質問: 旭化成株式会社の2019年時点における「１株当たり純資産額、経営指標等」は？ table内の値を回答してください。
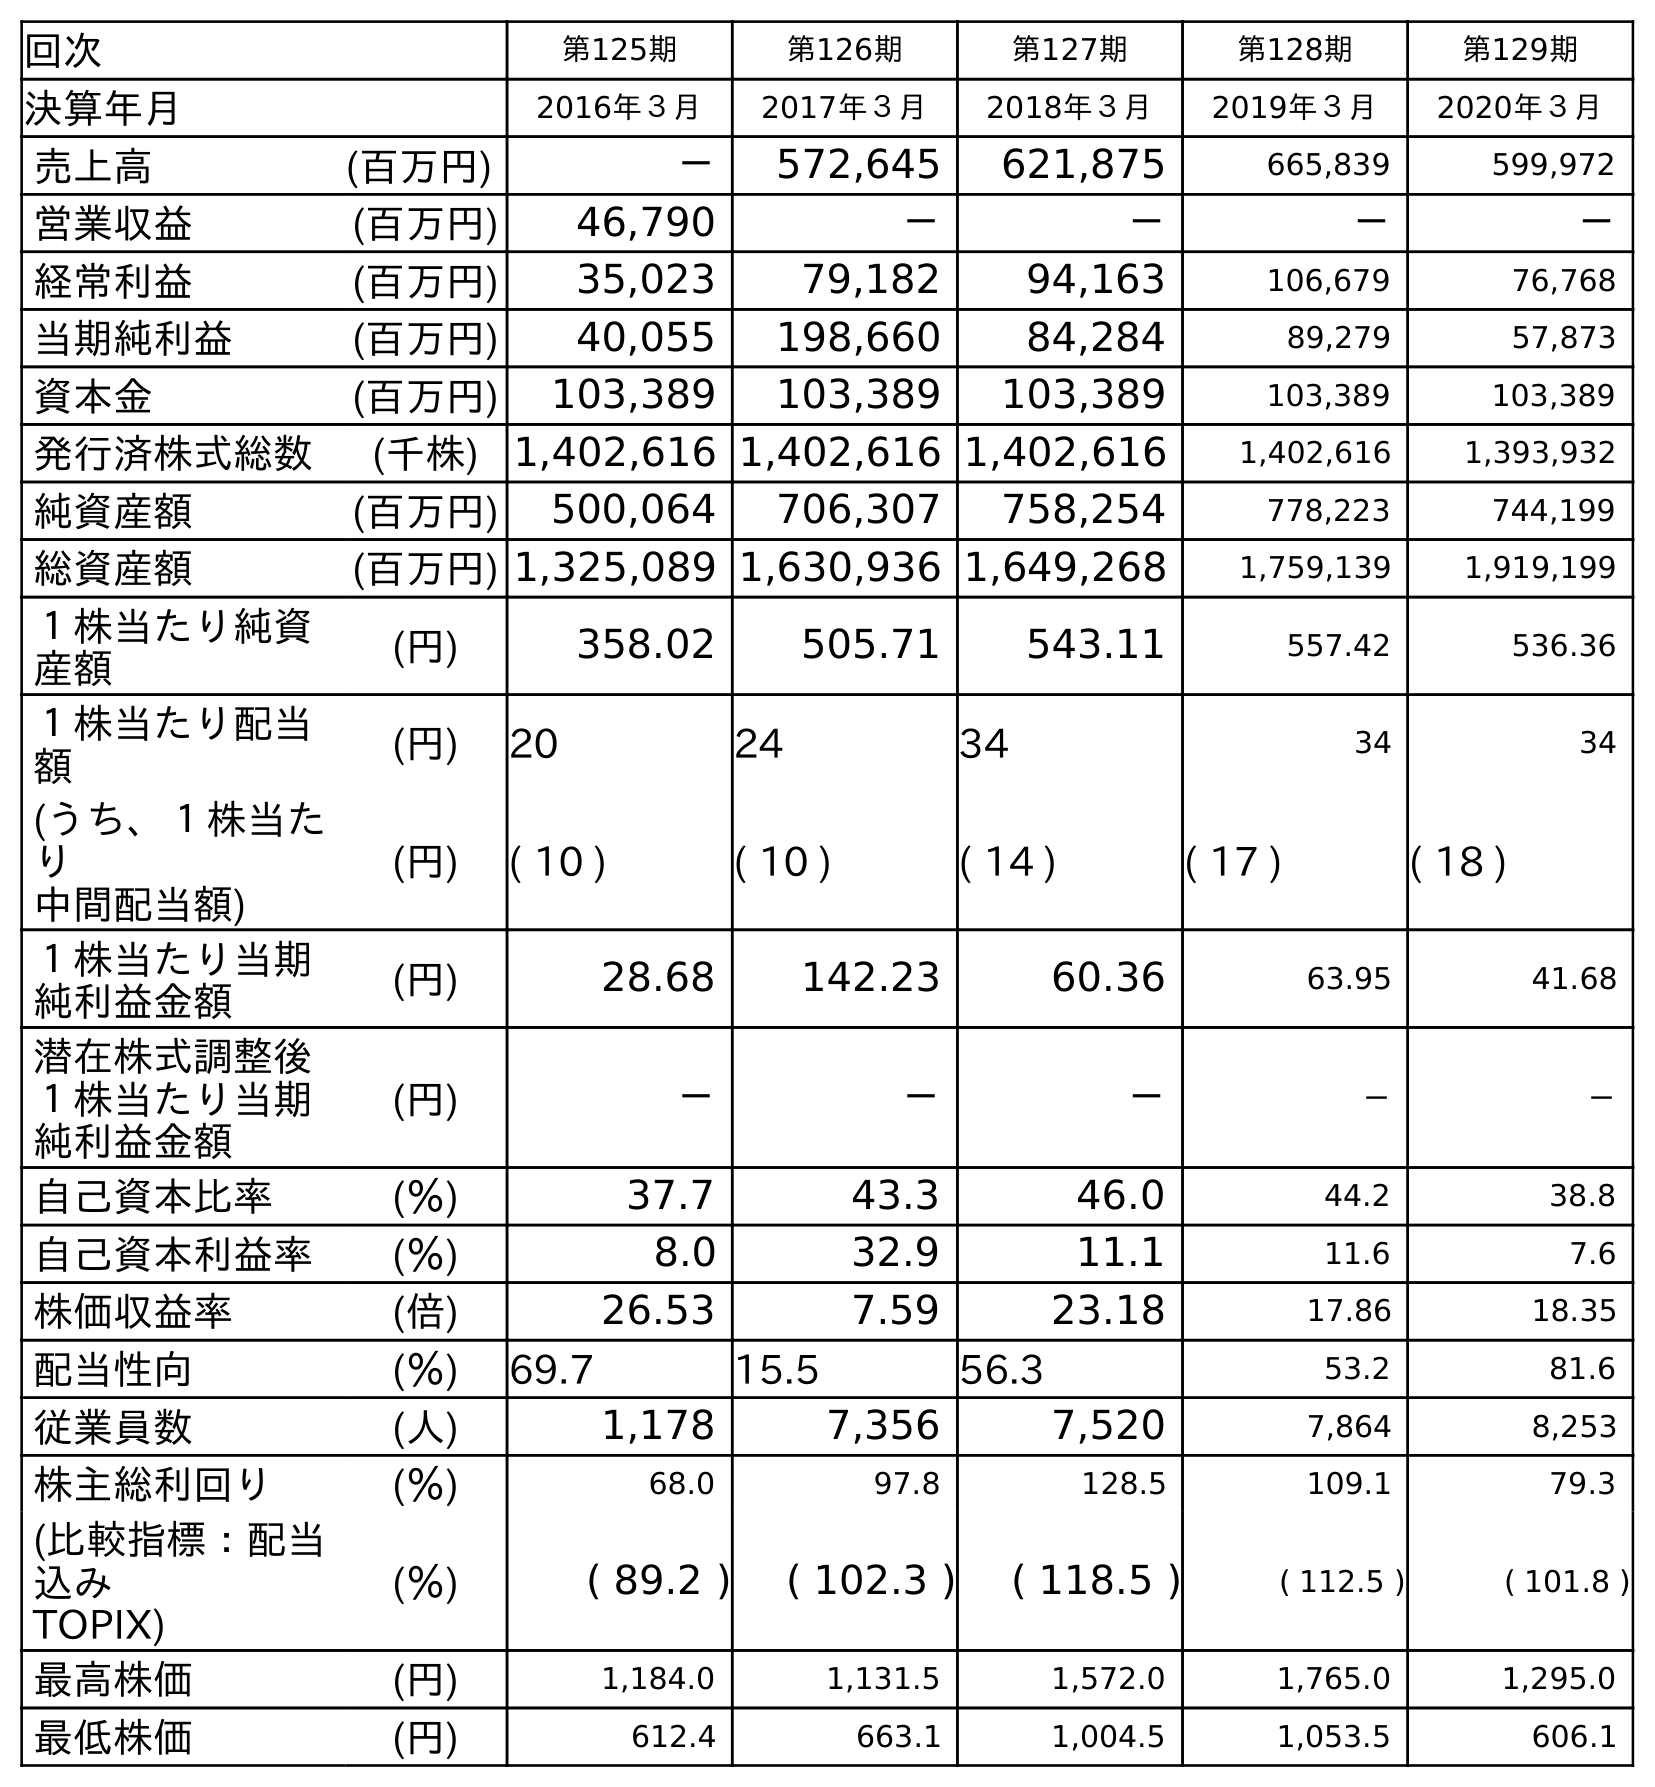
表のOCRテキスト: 回次 第125期 第126期 第127期 第128期 第129期 決算年月 2016年３月 2017年３月 2018年３月 2019年３月 2020年３月 売上高 (百万円) － 572,645 621,875 665,839 599,972 営業収益 (百万円) 46,790 － － － － 経常利益 (百万円) 35,023 79,182 94,163 106,679 76,768 当期純利益 (百万円) 40,055 198,660 84,284 89,279 57,873 資本金 (百万円) 103,389 103,389 103,389 103,389 103,389 発行済株式総数 (千株) 1,402,616 1,402,616 1,402,616 1,402,616 1,393,932 純資産額 (百万円) 500,064 706,307 758,254 778,223 744,199 総資産額 (百万円) 1,325,089 1,630,936 1,649,268 1,759,139 1,919,199 １株当たり純資 産額 (円) 358.02 505.71 543.11 557.42 536.36 １株当たり配当 額 (円) 20 24 34 34 34 (うち、１株当た り 中間配当額) (円) ( 10 ) ( 10 ) ( 14 ) ( 17 ) ( 18 ) １株当たり当期 純利益金額 (円) 28.68 142.23 60.36 63.95 41.68 潜在株式調整後 １株当たり当期 純利益金額 (円) － － － － － 自己資本比率 (％) 37.7 43.3 46.0 44.2 38.8 自己資本利益率 (％) 8.0 32.9 11.1 11.6 7.6 株価収益率 (倍) 26.53 7.59 23.18 17.86 18.35 配当性向 (％) 69.7 15.5 56.3 53.2 81.6 従業員数 (人) 1,178 7,356 7,520 7,864 8,253 株主総利回り (％) 68.0 97.8 128.5 109.1 79.3 (比較指標：配当 込み TOPIX) (％) ( 89.2 ) ( 102.3 ) ( 118.5 ) ( 112.5 ) ( 101.8 ) 最高株価 (円) 1,184.0 1,131.5 1,572.0 1,765.0 1,295.0 最低株価 (円) 612.4 663.1 1,004.5 1,053.5 606.1
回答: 557.42